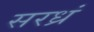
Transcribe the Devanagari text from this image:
सरध्रं